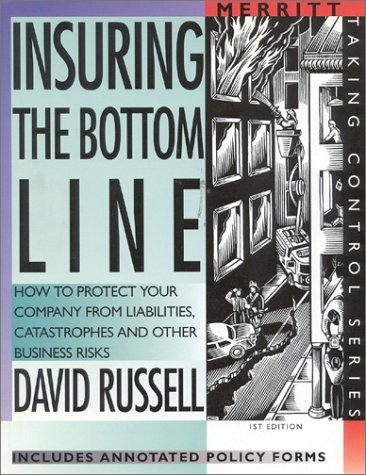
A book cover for Insuring the Bottom Line: How to Protect Your Company From Liabilities, Catastrophes and Other Business Risks First Edition (Taking Control Series); David Russell; Business & Money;